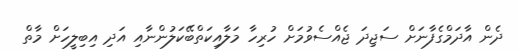
ދެން އާދަމްގެފާނަށް ސަޖިދަ ޖެއްސެވުމަށް ހުރިހާ މަލާއިކަތްބޭކަލުންނާއި އަދި އިބިލީހަށް މާތް